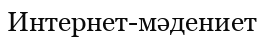
Интернет-мәдениет